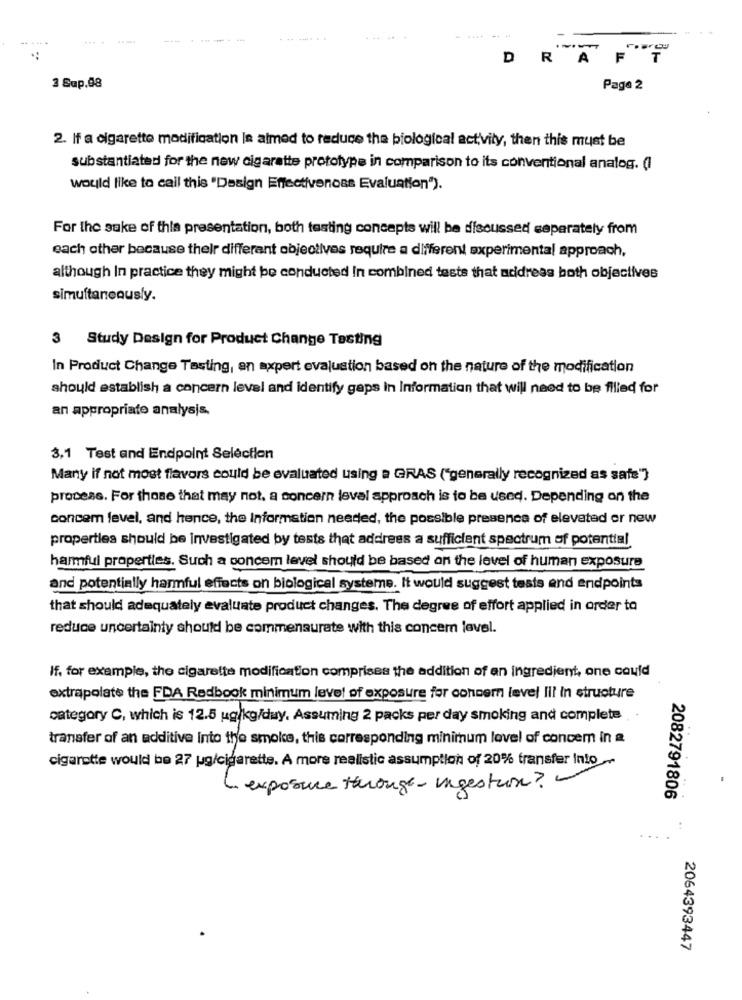
. .
---...
----
DRA
3 Sup.98
Page 2
2. If a cigarette modification is almed to reduce the biological activity, then this must be
substantiated for the new cigarette prototype in comparison to its conventional analog. (I
would like to call this "Design Effectiveness Evaluation").
For the sake of this presentation, both tasting concepts will be discussed separately from
each other because their differant objectives require a different experimental approach,
although In practice they might be conducted In combined tests that address both objectives
simultaneously.
3 Study Design for Product Change Testing
In Product Change Tasting, en axpert evaluation based on the nature of the modification
should establish a concern level and identify gaps in Information that will need to be filled for
an appropriate analysis,
3,1 Test and Endpoint Selection
Many if not most flavors could be evaluated using a GRAS ("generally recognized as safe"}
process. For those that may not, a concern leval approach is to be used. Depending on the
concem level, and hence, the Information needed, the possible presence of elevated or new
properties should be investigated by tests that address a sufficient spectrum of potential
harmful properties. Such a concem level should be based on the level of human exposure
and potentially harmful effects on biological systeme. It would suggest tests and endpoints
that should adequately evaluate product changes. The degree of effort applied in order to
reduce uncertainty should be commensurate with this concern level.
If, for example, the cigarette modification comprises the addition of an ingredient, one could
extrapolate the FDA Redbook minimum level of exposure for concern level Ill in structure
category C, which is 12.5 ug/kg/duy. Assuming 2 packs per day smoking and complete
transfer of an additive into the smoke, this corresponding minimum level of concem in a
..
cigarette would be 27 ug/cigarette. A more realistic assumption of 20% transfer Into_
-
exposure through- ingestion?
2082791806
2064393447